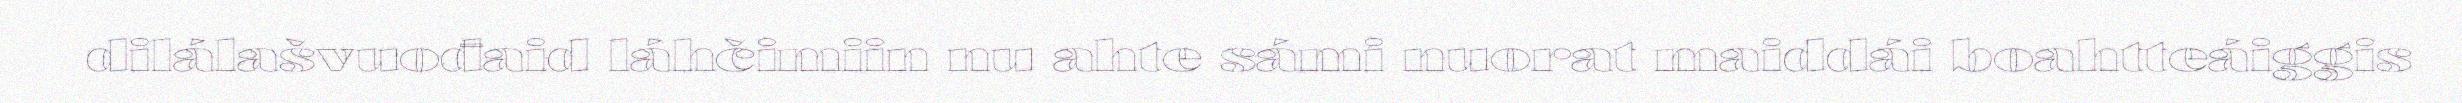
dilálašvuođaid láhčimiin nu ahte sámi nuorat maiddái boahtteáiggis